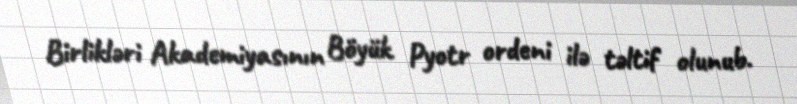
Birlikləri Akademiyasının Böyük Pyotr ordeni ilə təltif olunub.